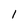
Character: 1